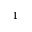
^ { 1 }